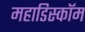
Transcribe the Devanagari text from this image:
महाडिस्कॉम